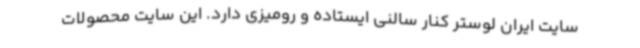
سایت ایران لوستر کنار سالنی ایستاده و رومیزی دارد. این سایت محصولات